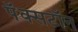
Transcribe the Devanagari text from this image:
पॅक्सटॉन